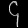
Digit: ၄